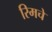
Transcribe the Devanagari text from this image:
रिमचे